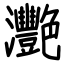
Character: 灧